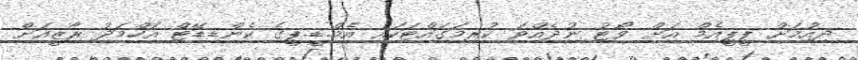
ދިއުމަށް ޕީޕީއެމް އަށް ވޯޓު ނުދެއްވަ ކުރިމަގައްޓަކައި އެމް.ޑީ.ޕީގެ ކެންޑިޑޭޓް އަހްމަދު ރާޒީއަށް